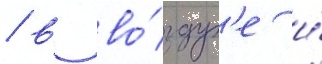
/ в во́здух'е и́